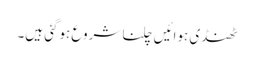
ٹھنڈی ہوائیں چلنا شروع ہوگئی ہیں۔